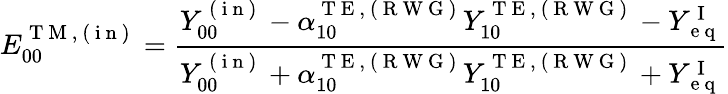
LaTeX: E_{00}^{\mathrm{~T~M~,~(~i~n~)~}}=\frac{Y_{00}^{\mathrm{~(~i~n~)~}}-\alpha_{10}^{\mathrm{~T~E~,~(~R~W~G~)~}}Y_{10}^{\mathrm{~T~E~},\mathrm{~(~R~W~G~)~}}-Y_{\mathrm{~e~q~}}^{\mathrm{~I~}}}{Y_{00}^{\mathrm{~(~i~n~)~}}+\alpha_{10}^{\mathrm{~T~E~,~(~R~W~G~)~}}Y_{10}^{\mathrm{~T~E~},\mathrm{~(~R~W~G~)~}}+Y_{\mathrm{~e~q~}}^{\mathrm{~I~}}}